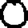
Digit: 0